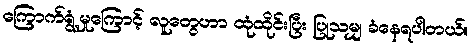
ကြောက်ရွံ့မှုကြောင့် လူတွေဟာ ထုံထိုင်းပြီး ပြုသမျှ ခံနေရပါတယ်။